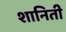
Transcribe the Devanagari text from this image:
शानिती